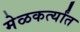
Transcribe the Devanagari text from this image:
मेळकर्त्यांत